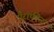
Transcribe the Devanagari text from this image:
पैराफीन